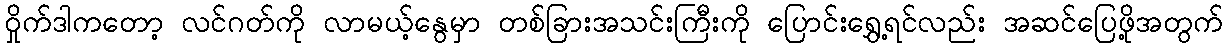
ဝှိုက်ဒါကတော့ လင်ဂတ်ကို လာမယ့်နွေမှာ တစ်ခြားအသင်းကြီးကို ပြောင်းရွှေ့ရင်လည်း အဆင်ပြေဖို့အတွက်